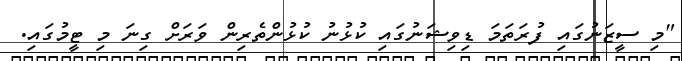
"މި ސީޒަނުގައި ފުރަތަމަ ޑިވިޝަނުގައި ކުޅުނު ކުޅުންތެރިން ވަރަށް ގިނަ މި ޓީމުގައި.